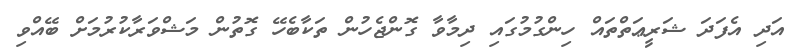
އަދި އެފަދަ ޝަރީޢަތްތައް ހިންގުމުގައި ދިމާވާ ގޮންޖެހުން ތަކާބެހޭ ގޮތުން މަޝްވަރާކުރުމަށް ބޭއްވި